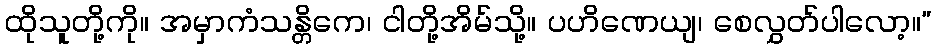
ထိုသူတို့ကို။ အမှာကံသန္တိကေ၊ ငါတို့အိမ်သို့။ ပဟိဏေယျ၊ စေလွှတ်ပါလော့။”